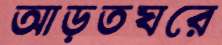
আড়তঘরে